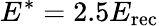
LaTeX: E^{*}=2.5E_{\mathrm{rec}}